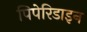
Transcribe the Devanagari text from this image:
पिपेरिडाइन